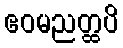
ဧဝမညတ္ထပိ